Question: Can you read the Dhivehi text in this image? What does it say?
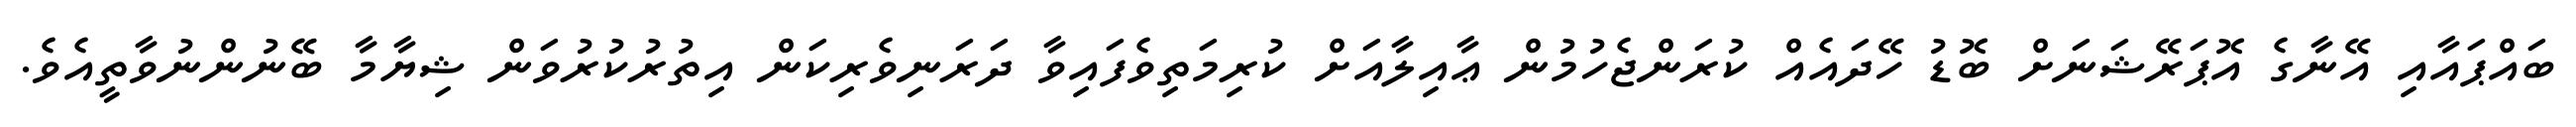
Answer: ބައްޕައާއި އޭނާގެ އޮޕަރޭޝަނަށް ބޮޑު ހޭދައެއް ކުރަންޖެހުމުން ޢާއިލާއަށް ކުރިމަތިވެފައިވާ ދަރަނިވެރިކަން އިތުރުކުރުވަން ޝިޔާމާ ބޭނުންނުވާތީއެވެ.